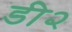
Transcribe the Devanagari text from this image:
डी२